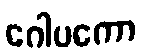
ဂေါပကော